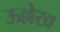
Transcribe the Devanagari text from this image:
ऊल्लेख